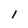
Character: 1